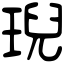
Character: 𤦤